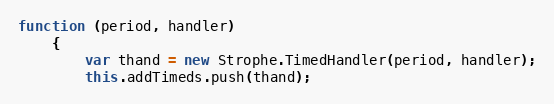
Language: JavaScript
function (period, handler)
    {
        var thand = new Strophe.TimedHandler(period, handler);
        this.addTimeds.push(thand);